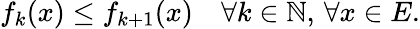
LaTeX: f_{k}(x)\leq f_{k+1}(x)\quad\forall k\in\mathbb{N},\, \forall x\in E.